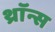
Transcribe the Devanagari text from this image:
थ्राॅन्स